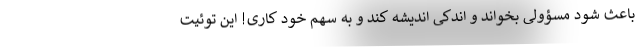
باعث شود مسؤولی بخواند و اندکی اندیشه کند و به سهم خود کاری! این توئیت